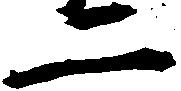
二